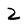
Character: 2